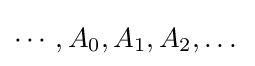
\cdots ,A_{0},A_{1},A_{2},\dots